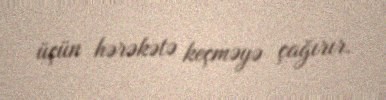
üçün hərəkətə keçməyə çağırır.